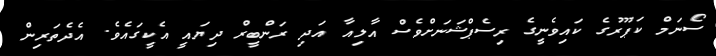
ސޯނަމް ކަޕޫރުގެ ކައިވެނީގެ ރިސެޕްޝަނަށްވެސް އާލިއާ އަދި ރަންބީރް ދިޔައީ އެކީގައެވެ. އެދެތަރިން